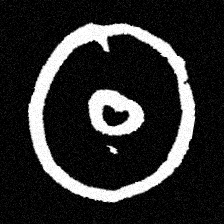
Pyu character \u2014 Myanmar letter: ထ (romanized: tha)